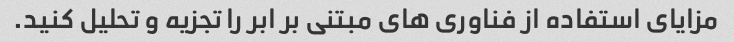
مزایای استفاده از فناوری های مبتنی بر ابر را تجزیه و تحلیل کنید.